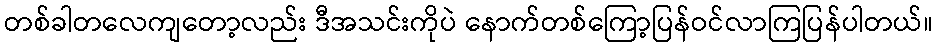
တစ်ခါတလေကျတော့လည်း ဒီအသင်းကိုပဲ နောက်တစ်ကြော့ပြန်ဝင်လာကြပြန်ပါတယ်။